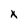
Character: x